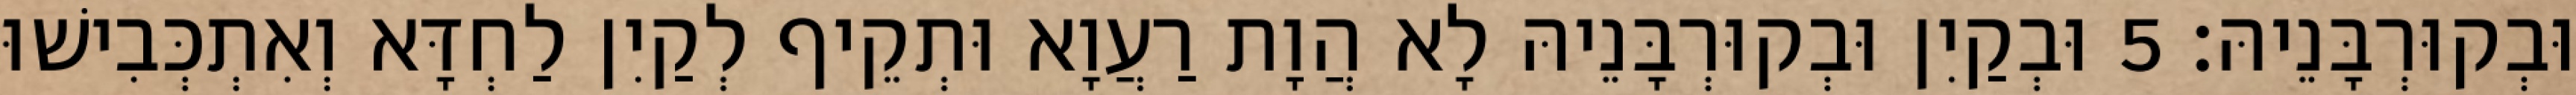
וּבְקוּרְבָּנֵיהּ׃ 5 וּבְקַיִן וּבְקוּרְבָּנֵיהּ לָא הֲוָת רַעֲוָא וּתְקֵיף לְקַיִן לַחְדָּא וְאִתְכְּבִישׁוּ